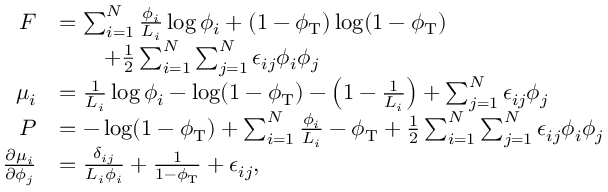
\begin{array} { r l } { F } & { = \sum _ { i = 1 } ^ { N } \frac { \phi _ { i } } { L _ { i } } \log \phi _ { i } + ( 1 - \phi _ { \mathrm { T } } ) \log ( 1 - \phi _ { \mathrm { T } } ) } \\ & { \qquad + \frac { 1 } { 2 } \sum _ { i = 1 } ^ { N } \sum _ { j = 1 } ^ { N } \epsilon _ { i j } \phi _ { i } \phi _ { j } } \\ { \mu _ { i } } & { = \frac { 1 } { L _ { i } } \log \phi _ { i } - \log ( 1 - \phi _ { \mathrm { T } } ) - \left( 1 - \frac { 1 } { L _ { i } } \right) + \sum _ { j = 1 } ^ { N } \epsilon _ { i j } \phi _ { j } } \\ { P } & { = - \log ( 1 - \phi _ { \mathrm { T } } ) + \sum _ { i = 1 } ^ { N } \frac { \phi _ { i } } { L _ { i } } - \phi _ { \mathrm { T } } + \frac { 1 } { 2 } \sum _ { i = 1 } ^ { N } \sum _ { j = 1 } ^ { N } \epsilon _ { i j } \phi _ { i } \phi _ { j } } \\ { \frac { \partial \mu _ { i } } { \partial \phi _ { j } } } & { = \frac { \delta _ { i j } } { L _ { i } \phi _ { i } } + \frac { 1 } { 1 - \phi _ { \mathrm { T } } } + \epsilon _ { i j } , } \end{array}